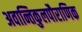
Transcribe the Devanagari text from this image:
अवान्तिकुलपौराणिक